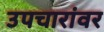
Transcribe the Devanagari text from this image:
उपचारांवर